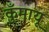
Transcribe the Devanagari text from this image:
कुँमायू